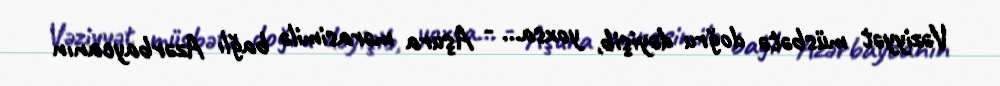
Vəziyyət müsbətə doğru dəyişib, yoxsa... - Aşura mərasimilə bağlı Azərbaycanın